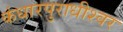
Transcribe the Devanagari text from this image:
कंधारपुराधीश्वर